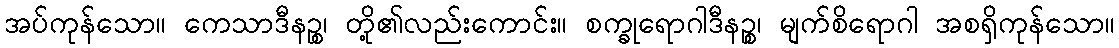
အပ်ကုန်သော။ ကေသာဒီနဉ္စ၊ တို့၏လည်းကောင်း။ စက္ခုရောဂါဒီနဉ္စ၊ မျက်စိရောဂါ အစရှိကုန်သော။